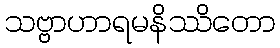
သဗ္ဗာဟာရမနိဿိတော